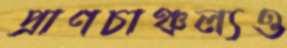
প্রাণচাঞ্চল্যও